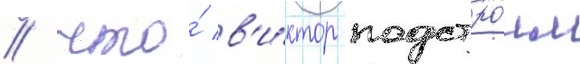
/ что́ в'и́ктор подстро́ил